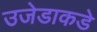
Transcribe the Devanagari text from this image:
उजेडाकडे